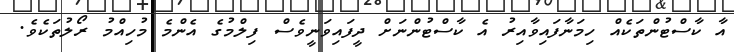
އާ ކާސްޓުންތަކެއް ހިމަނާފައިވާއިރު އެ ކާސްޓުންނަށް ދީފައިވަނީވެސް ފިލްމުގެ އެންމެ މުހިއްމު ރޯލުތަކެވެ.